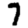
Digit: 7